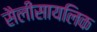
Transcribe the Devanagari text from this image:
सैलीसायलिक